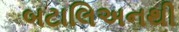
બટાલિઅનથી